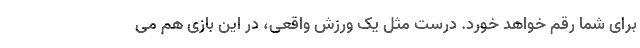
برای شما رقم خواهد خورد. درست مثل یک ورزش واقعی، در این بازی هم می